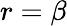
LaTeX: r=\beta